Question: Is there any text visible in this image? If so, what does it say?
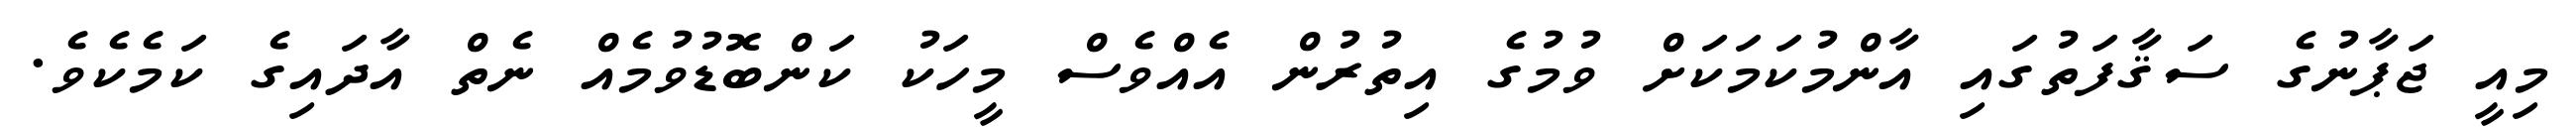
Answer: މިއީ ޖަޕާނުގެ ސަޤާފަތުގައި އާންމުކަމަކަށް ވުމުގެ އިތުރުން އެއްވެސް މީހަކު ކަންބޮޑުވުމެއް ނެތް އާދައިގެ ކަމެކެވެ.